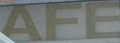
AFE